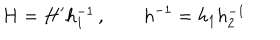
H = H ^ { \prime } h _ { 1 } ^ { - 1 } \, , \qquad h ^ { - 1 } = h _ { 1 } h _ { 2 } ^ { - 1 }